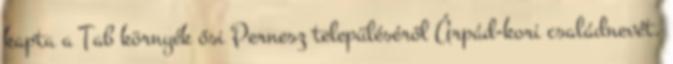
kapta a Tab környék ősi Pernesz településéről Árpád-kori családnevét.